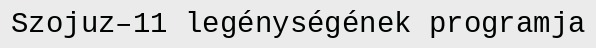
Szojuz–11 legénységének programja